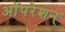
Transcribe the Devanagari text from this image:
ऑपरेशन्